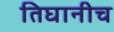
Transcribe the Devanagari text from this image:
तिघानीच